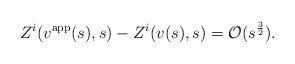
LaTeX: \begin{align*} Z^i(v^\mathrm{app}(s),s)-Z^i(v(s),s) = \mathcal O(s^\frac 32).\end{align*}